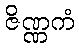
ဇိဏ္ဏကံ